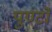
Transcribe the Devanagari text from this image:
पुण्टो